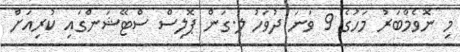
މި ނޮވެމްބަރު މަހުގެ 9 ވަނަ ދުވަހު ލ.ގަން ޕޮލިސް ސްޓޭޝަންގައި ކުރިއަށް